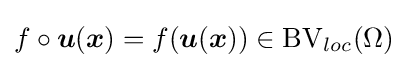
f\circ {\boldsymbol {u}}({\boldsymbol {x}})=f({\boldsymbol {u}}({\boldsymbol {x}}))\in \operatorname {\operatorname {BV} } _{loc}(\Omega )